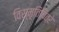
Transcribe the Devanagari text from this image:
विस्मृतिचित्रे